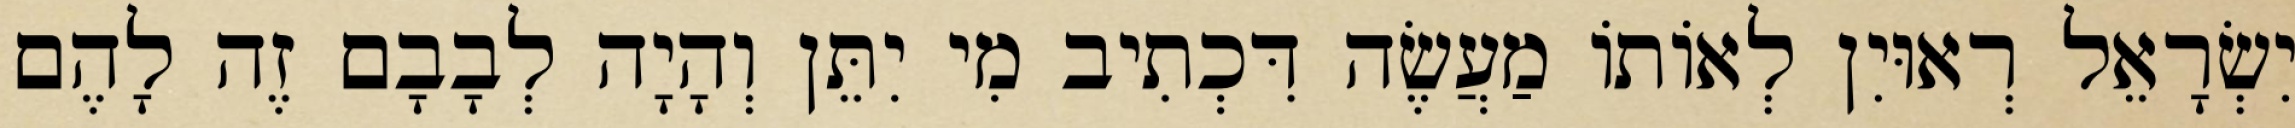
יִשְׂרָאֵל רְאוּיִן לְאוֹתוֹ מַעֲשֶׂה דִּכְתִיב מִי יִתֵּן וְהָיָה לְבָבָם זֶה לָהֶם